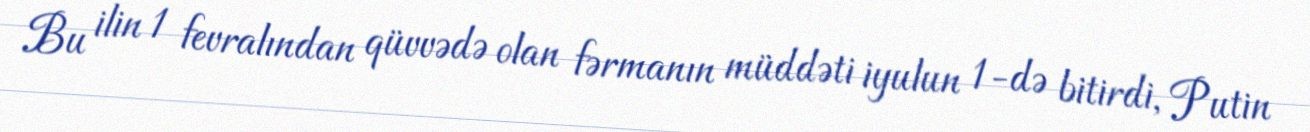
Bu ilin 1 fevralından qüvvədə olan fərmanın müddəti iyulun 1-də bitirdi, Putin